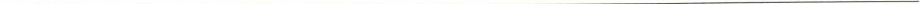
___